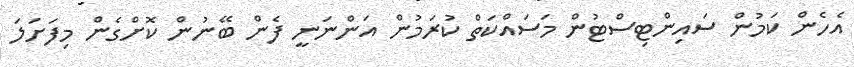
އެހެން ކަމުން ސައިންޓިސްޓުން މަސައްކަތް ކުރަމުން އަންނަނީ ފެން ބޭނުން ކޮށްގެން މިފަށަލަ